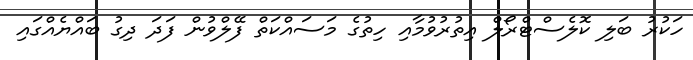
ހަކުރު ބަލި ކޮލެސްޓްރޯލް އިތުރުވުމާއި ހިތުގެ މަސައްކަތް ފޭލްވުން ފަދަ ދިގު ބައްޔެއްގައި